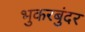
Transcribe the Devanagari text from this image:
भुकरबुंदर